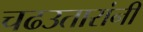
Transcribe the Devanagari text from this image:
चढउतारांनी